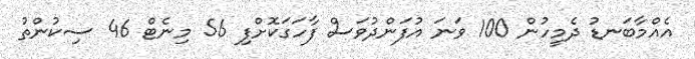
އެއްމާބަނޑު ދެމީހުން 100 ވަނަ އުފަންދުވަސް ފާހަގަކޮށްފި 56 މިނެޓް 46 ސިކުންތު